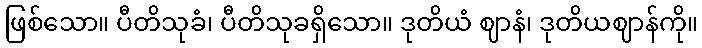
ဖြစ်သော။ ပီတိသုခံ၊ ပီတိသုခရှိသော။ ဒုတိယံ ဈာနံ၊ ဒုတိယဈာန်ကို။